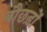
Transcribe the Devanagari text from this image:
बौछड़ों